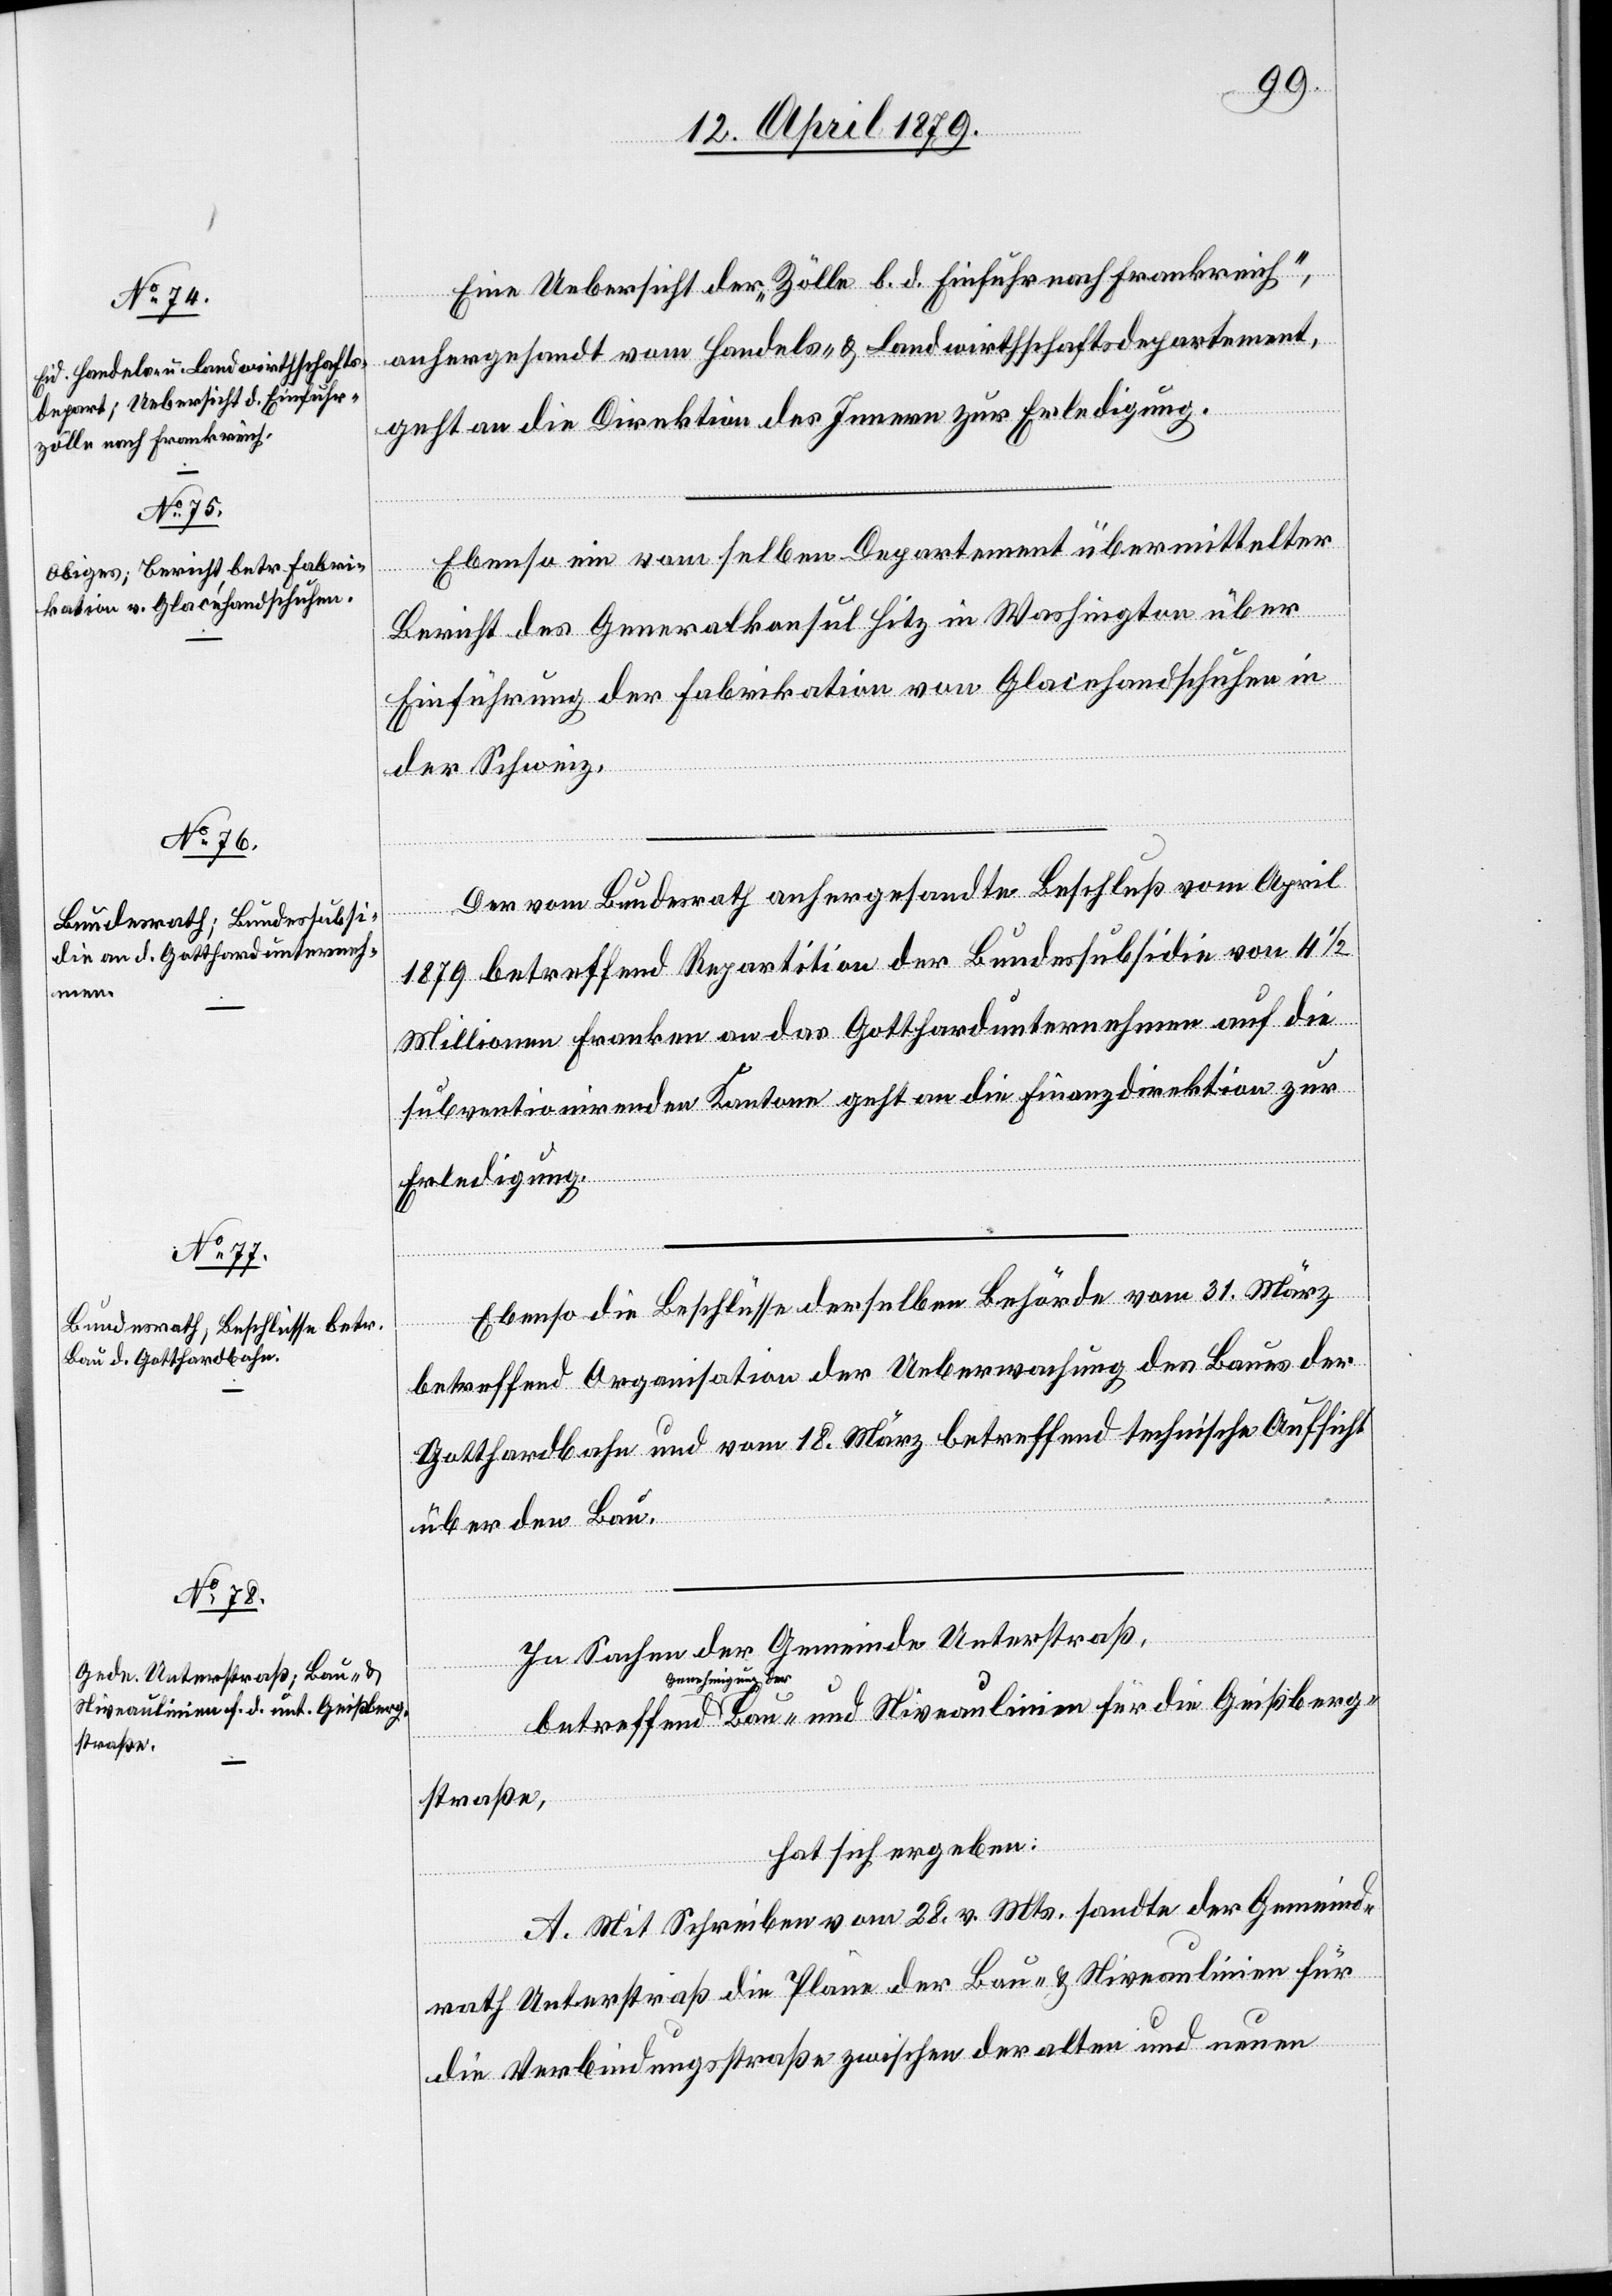
Niveaulinien für die Geißberg¬

Eine Uebersicht der „Zölle b. d. Einfuhr nach Frankreich“,
anhergesandt vom Handels- & Landwirthschaftsdepartement,
geht an die Direktion des Innern zur Erledigung.
Ebenso ein vom selben Departement übermittelter
und
Bericht des Generalkonsul Hitz in Washington über
Einführung der Fabrikation von Glacehandschuhen in
der Schweiz.
Der vom Bundesrath anhergesandte Beschluß vom April
1879 betreffend Repartition der Bundessubsidie von 4 1/2
Millionen Franken an das Gotthardunternehmen auf die
subventionirenden Kantone geht an die Finanzdirektion zur
Erledigung.
Ebenso die Beschlüsse derselben Behörde vom 31. März
betreffend Organisation der Ueberwachung des Baues der
Gotthardbahn und vom 18. März betreffend technische Aufsicht
Bau-
über den Bau.
In Sachen der Gemeinde Unterstraß,
Genehmigung
straße,
hat sich ergeben:
A. Mit Schreiben vom 28. v. Mts. sandte der Gemeind¬
rath Unterstraß die Pläne der Bau- & Niveaulinien für
die Verbindungsstraße zwischen der alten und neuen